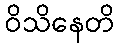
ဝိသိနေတိ